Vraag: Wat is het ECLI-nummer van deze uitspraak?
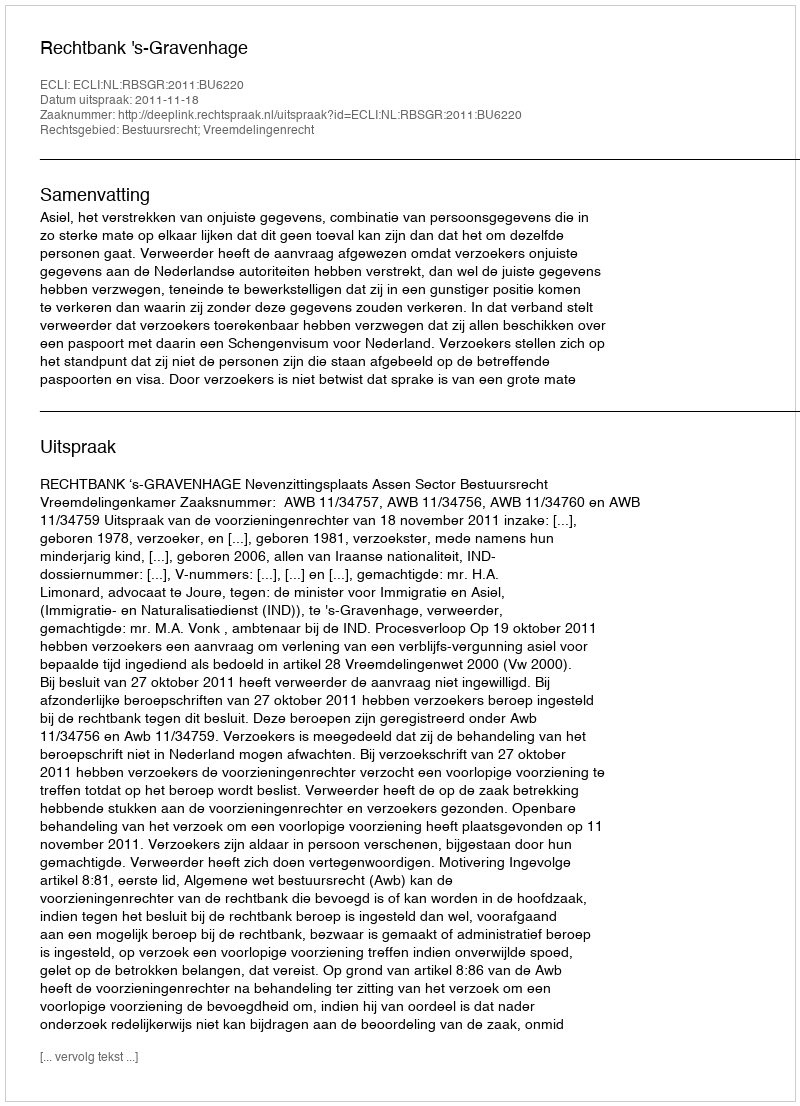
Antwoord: ECLI:NL:RBSGR:2011:BU6220